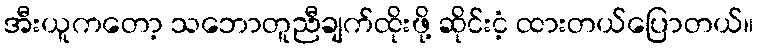
အီးယူကတော့ သဘောတူညီချက်ထိုးဖို့ ဆိုင်းငံ့ ထားတယ်ပြောတယ်။